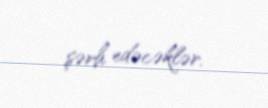
şərh edəcəklər.